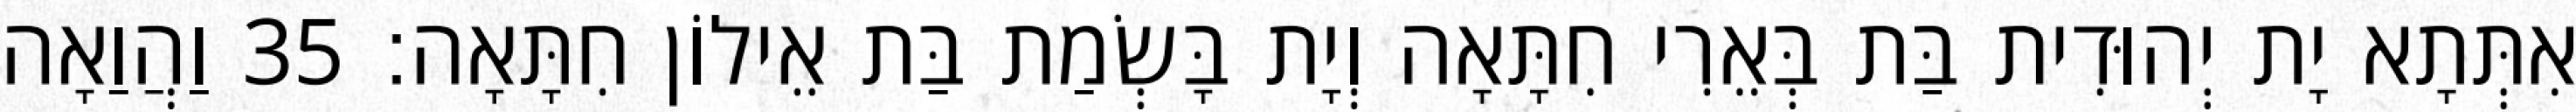
אִתְּתָא יָת יְהוּדִית בַּת בְּאֵרִי חִתָּאָה וְיָת בָּשְׂמַת בַּת אֵילוֹן חִתָּאָה׃ 35 וַהֲוַאָה